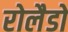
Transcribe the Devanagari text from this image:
रोलैडो